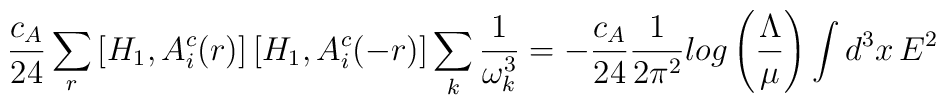
{c_A\over 24}\sum_{r}\left[H_1,A^c_i(r)\right]\left[H_1, A^c_i(-r)\right]\sum_k{1\over \omega^3_k}=-{c_A\over 24}{1\over 2\pi^2} log\left({\Lambda\over\mu}\right)\int d^3x\,E^2